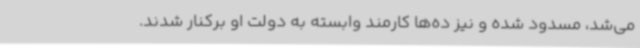
می‌شد، مسدود شده و نیز ده‌ها کارمند وابسته به دولت او برکنار شدند.